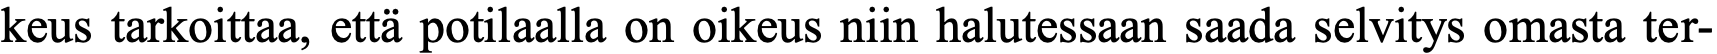
keus tarkoittaa, että potilaalla on oikeus niin halutessaan saada selvitys omasta ter-